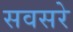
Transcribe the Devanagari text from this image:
सवसरे